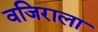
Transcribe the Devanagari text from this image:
वजिराला